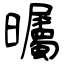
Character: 曯